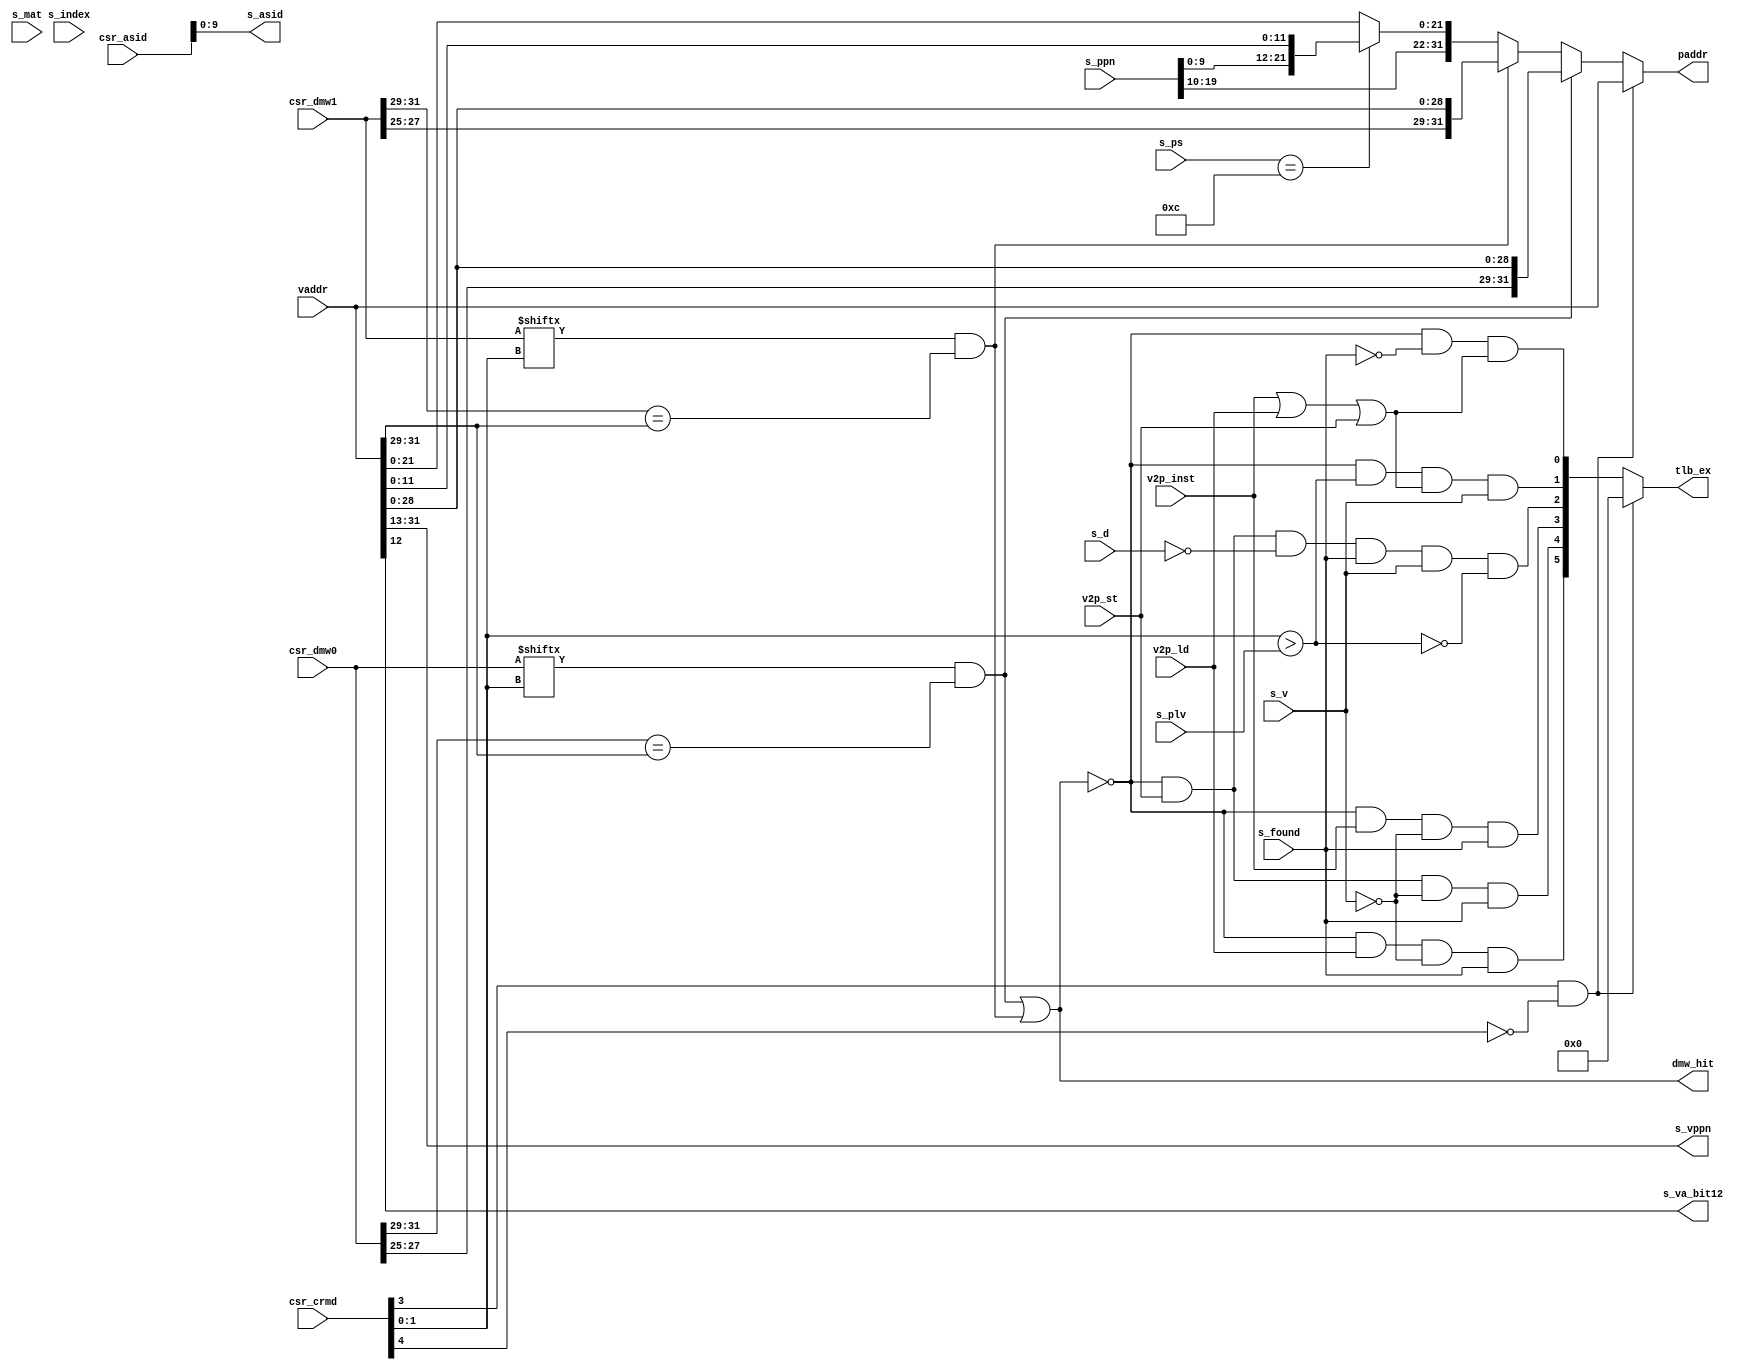
module va2pa(
    input  [31:0] vaddr         ,
    input         v2p_inst      ,
    input         v2p_ld        ,
    input         v2p_st        ,
    input  [31:0] csr_crmd      ,
    input  [31:0] csr_asid      ,
    input  [31:0] csr_dmw0      ,
    input  [31:0] csr_dmw1      ,
    output [31:0] paddr         ,
    output [ 5:0] tlb_ex        , // PIL, PIS, PIF, PME, PPI, TLBR

    output [18:0] s_vppn        ,
    output        s_va_bit12    ,
    output [ 9:0] s_asid        ,
    input         s_found       ,
    input  [ 3:0] s_index       ,
    input  [19:0] s_ppn         ,
    input  [ 5:0] s_ps          ,
    input  [ 1:0] s_plv         ,
    input  [ 1:0] s_mat         ,
    input         s_d           ,
    input         s_v           ,   
    output        dmw_hit 
);

wire        direct    ;
wire        dmw_hit0  ;
wire        dmw_hit1  ;
wire [31:0] dmw_paddr0;
wire [31:0] dmw_paddr1;
wire [31:0] tlb_paddr ;
wire        pil_ex ;
wire        pis_ex ;
wire        pif_ex ;
wire        pme_ex ;
wire        ppi_ex ;
wire        tlbr_ex;


// 
assign direct     = csr_crmd[3] & ~csr_crmd[4]; 	// DA = 1 && PG = 0
// 
assign dmw_hit0   = csr_dmw0[csr_crmd[1:0]] && (csr_dmw0[31:29] == vaddr[31:29]);	
assign dmw_hit1   = csr_dmw1[csr_crmd[1:0]] && (csr_dmw1[31:29] == vaddr[31:29]); 
assign dmw_paddr0 = {csr_dmw0[27:25],vaddr[28:0]};
assign dmw_paddr1 = {csr_dmw1[27:25],vaddr[28:0]};
assign dmw_hit    = dmw_hit0 | dmw_hit1;

// TLB
assign s_vppn     = vaddr[31:13] ;
assign s_va_bit12 = vaddr[12]    ;
assign s_asid     = csr_asid[9:0];

// tlb
assign tlbr_ex = ~dmw_hit & ~s_found 
                             & (v2p_inst | v2p_ld | v2p_st);

assign pil_ex = ~dmw_hit & v2p_ld & ~s_v & s_found;
assign pis_ex = ~dmw_hit & v2p_st & ~s_v & s_found;
assign pif_ex = ~dmw_hit & v2p_inst & ~s_v & s_found;

assign ppi_ex = ~dmw_hit & (csr_crmd[1:0] > s_plv) 
                             & (v2p_inst | v2p_ld | v2p_st) & s_v; 

assign pme_ex = ~dmw_hit & v2p_st & ~s_d & s_found & s_v & ~(csr_crmd[1:0] > s_plv);
 

assign tlb_ex = direct ? 6'b0
			: {	pil_ex, 
				pis_ex, 
				pif_ex, 
				pme_ex, 
				ppi_ex, 
				tlbr_ex}; // PIL, PIS, PIF, PME, PPI, TLBR

assign tlb_paddr = (s_ps == 6'd12) ? {s_ppn[19: 0],vaddr[11:0]} 
                                   : {s_ppn[19:10],vaddr[21:0]};

assign paddr = direct   ? vaddr
             : dmw_hit0 ? dmw_paddr0 
             : dmw_hit1 ? dmw_paddr1 
                        : tlb_paddr;
endmodule